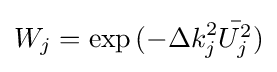
W_{j}=\exp {(-\Delta k_{j}^{2}{\bar {U_{j}^{2}}})}